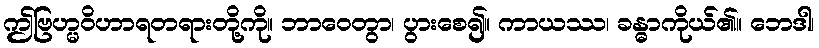
ဤဗြဟ္မဝိဟာရတရားတို့ကို။ ဘာဝေတွာ၊ ပွားစေ၍။ ကာယဿ၊ ခန္ဓာကိုယ်၏။ ဘေဒါ၊